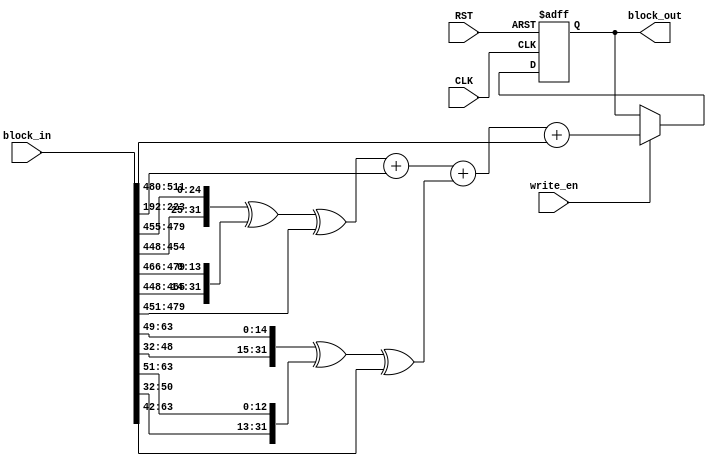
 //-------------------------------------------------------------------------------------------------//
//  Project		: SHA-2																		       //
//  Description	: Pipeline technique-based SHA512 Memory for Blockchain 			    		   //
//  Referents	: none.																		       //
//-------------------------------------------------------------------------------------------------//

module sha256_w_mem_for_pipeline_60(
									input 	wire			CLK,
									input	wire			RST,
									input	wire			write_en,
									input	wire	[511:0] block_in,
									output	wire	[31:0] block_out
);
	
	wire [31:0] block_out_wire;
	reg  [31:0] block_out_reg;
	always @(posedge CLK or negedge RST) 
	begin: update_event
		if(RST == 1'b0) begin
			block_out_reg <= 32'b0;
		end
		else begin
			if(write_en == 1'b1) begin
				block_out_reg <= block_out_wire;
			end
		end
	end
		
	wire [31:0] d0_256;
	wire [31:0] d1_256;
	
	wire 	[31:0]  w_i;
	
	wire 	[31:0]  w1;
	wire 	[31:0]  w2;
	wire 	[31:0]  w3;
	wire 	[31:0]  w4;
	wire 	[31:0]  w5;
	wire 	[31:0]  w6;
	wire 	[31:0]  w7;
	wire 	[31:0]  w8;
	wire 	[31:0]  w9;
	wire 	[31:0]  w10;
	wire 	[31:0]  w11;
	wire 	[31:0]  w12;
	wire 	[31:0]  w13;
	wire 	[31:0]  w14;
	wire 	[31:0]  w15;
	wire 	[31:0]  w16;
	
	assign w1 = block_in[511:480];
	assign w2 = block_in[479:448];
	assign w3 = block_in[447:416];
	assign w4 = block_in[415:384];
	assign w5 = block_in[383:352];
	assign w6 = block_in[351:320];
	assign w7 = block_in[319:288];
	assign w8 = block_in[287:256];
	assign w9 = block_in[255:224];
	assign w10 = block_in[223:192];
	assign w11 = block_in[191:160];
	assign w12 = block_in[159:128];
	assign w13 = block_in[127:96];
	assign w14 = block_in[95:64];
	assign w15 = block_in[63:32];
	assign w16 = block_in[31:0];
	
	
	assign d0_256 = {w2[6:0],w2[31:7],w2[6:0],w2[31:7]}^{w2[17:0],w2[31:18],w2[17:0],w2[31:18]}^{3'b000,w2[31:3],3'b000,w2[31:3]};
	assign d1_256 = {w15[16:0],w15[31:17],w15[16:0],w15[31:17]}^{w15[18:0],w15[31:19],w15[18:0],w15[31:19]}^{10'b0000000000,w15[31:10],10'b0000000000,w15[31:10]};

	
//////

	assign w_i = d0_256 + w10 + d1_256 + w1;  

//////
	assign block_out_wire = w_i;
	
	assign block_out = block_out_reg;
	
endmodule